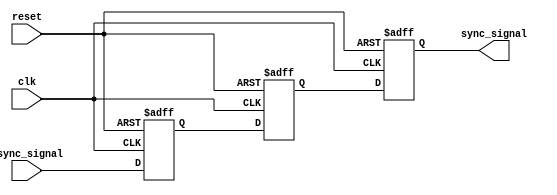
module signal_crossing_synchronizer (
    input wire clk,          // Receiving clock domain
    input wire reset,        // Active high reset
    input wire async_signal, // Asynchronous input signal
    output reg sync_signal   // Synchronized output signal
);

    // Internal signals for the dual flip-flop synchronizer
    reg ff1, ff2;

    // Dual Flip-Flop Synchronizer
    always @(posedge clk or posedge reset) begin
        if (reset) begin
            ff1 <= 1'b0; // Initialize first flip-flop to 0 on reset
            ff2 <= 1'b0; // Initialize second flip-flop to 0 on reset
            sync_signal <= 1'b0; // Initialize output signal to 0 on reset
        end else begin
            ff1 <= async_signal; // Sample the asynchronous signal
            ff2 <= ff1;          // Pass the sampled signal to the second flip-flop
            sync_signal <= ff2;  // Output the synchronized signal
        end
    end

endmodule